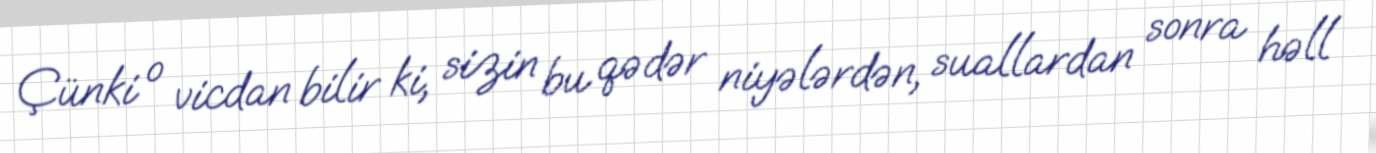
Çünki o vicdan bilir ki, sizin bu qədər niyələrdən, suallardan sonra həll